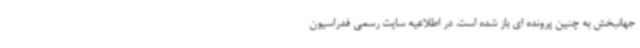
جهانبخش به چنین پرونده ای باز شده است. در اطلاعیه سایت رسمی فدراسیون